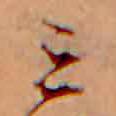
ミ